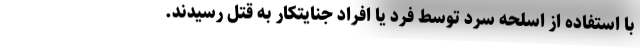
با استفاده از اسلحه سرد توسط فرد یا افراد جنایتکار به قتل رسیدند.